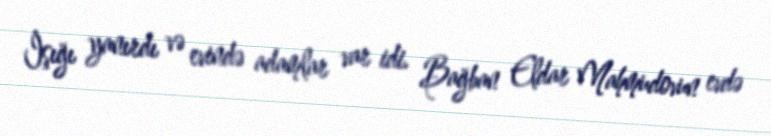
İşığı yanırdı və evində adamlar var idi. Bağban Eldar Mahmudovun evdə